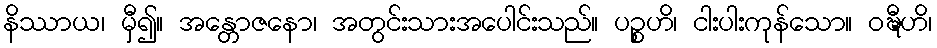
နိဿာယ၊ မှီ၍။ အန္တောဇနော၊ အတွင်းသားအပေါင်းသည်။ ပဉ္စဟိ၊ ငါးပါးကုန်သော။ ဝဍ္ဎီဟိ၊